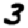
Digit: 3